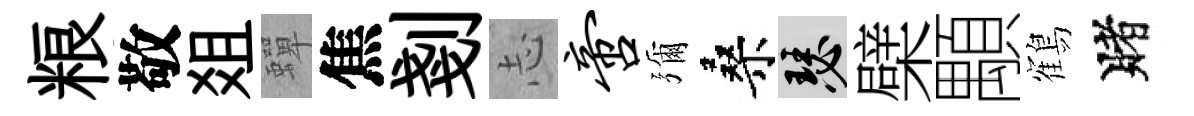
粮敬爼蟬焦剗𢖽啻彌桑瑟檗顒鶴賭